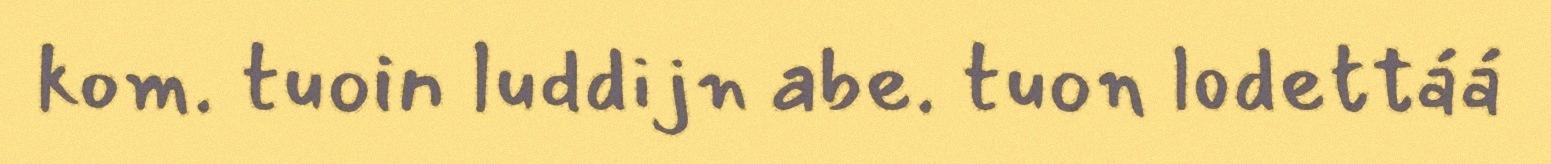
kom. tuoin luddijn abe. tuon lodettáá